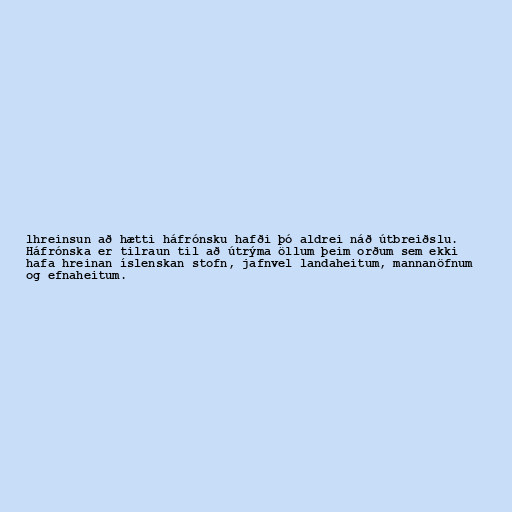
lhreinsun að hætti háfrónsku hafði þó aldrei náð útbreiðslu.
Háfrónska er tilraun til að útrýma öllum þeim orðum sem ekki
hafa hreinan íslenskan stofn, jafnvel landaheitum, mannanöfnum
og efnaheitum.